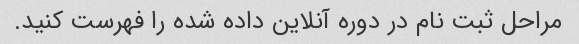
مراحل ثبت نام در دوره آنلاین داده شده را فهرست کنید.